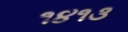
૧૪૧૩